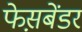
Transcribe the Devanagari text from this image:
फेस़बेंडर